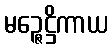
မဉ္ဇေဋ္ဌိကာယ